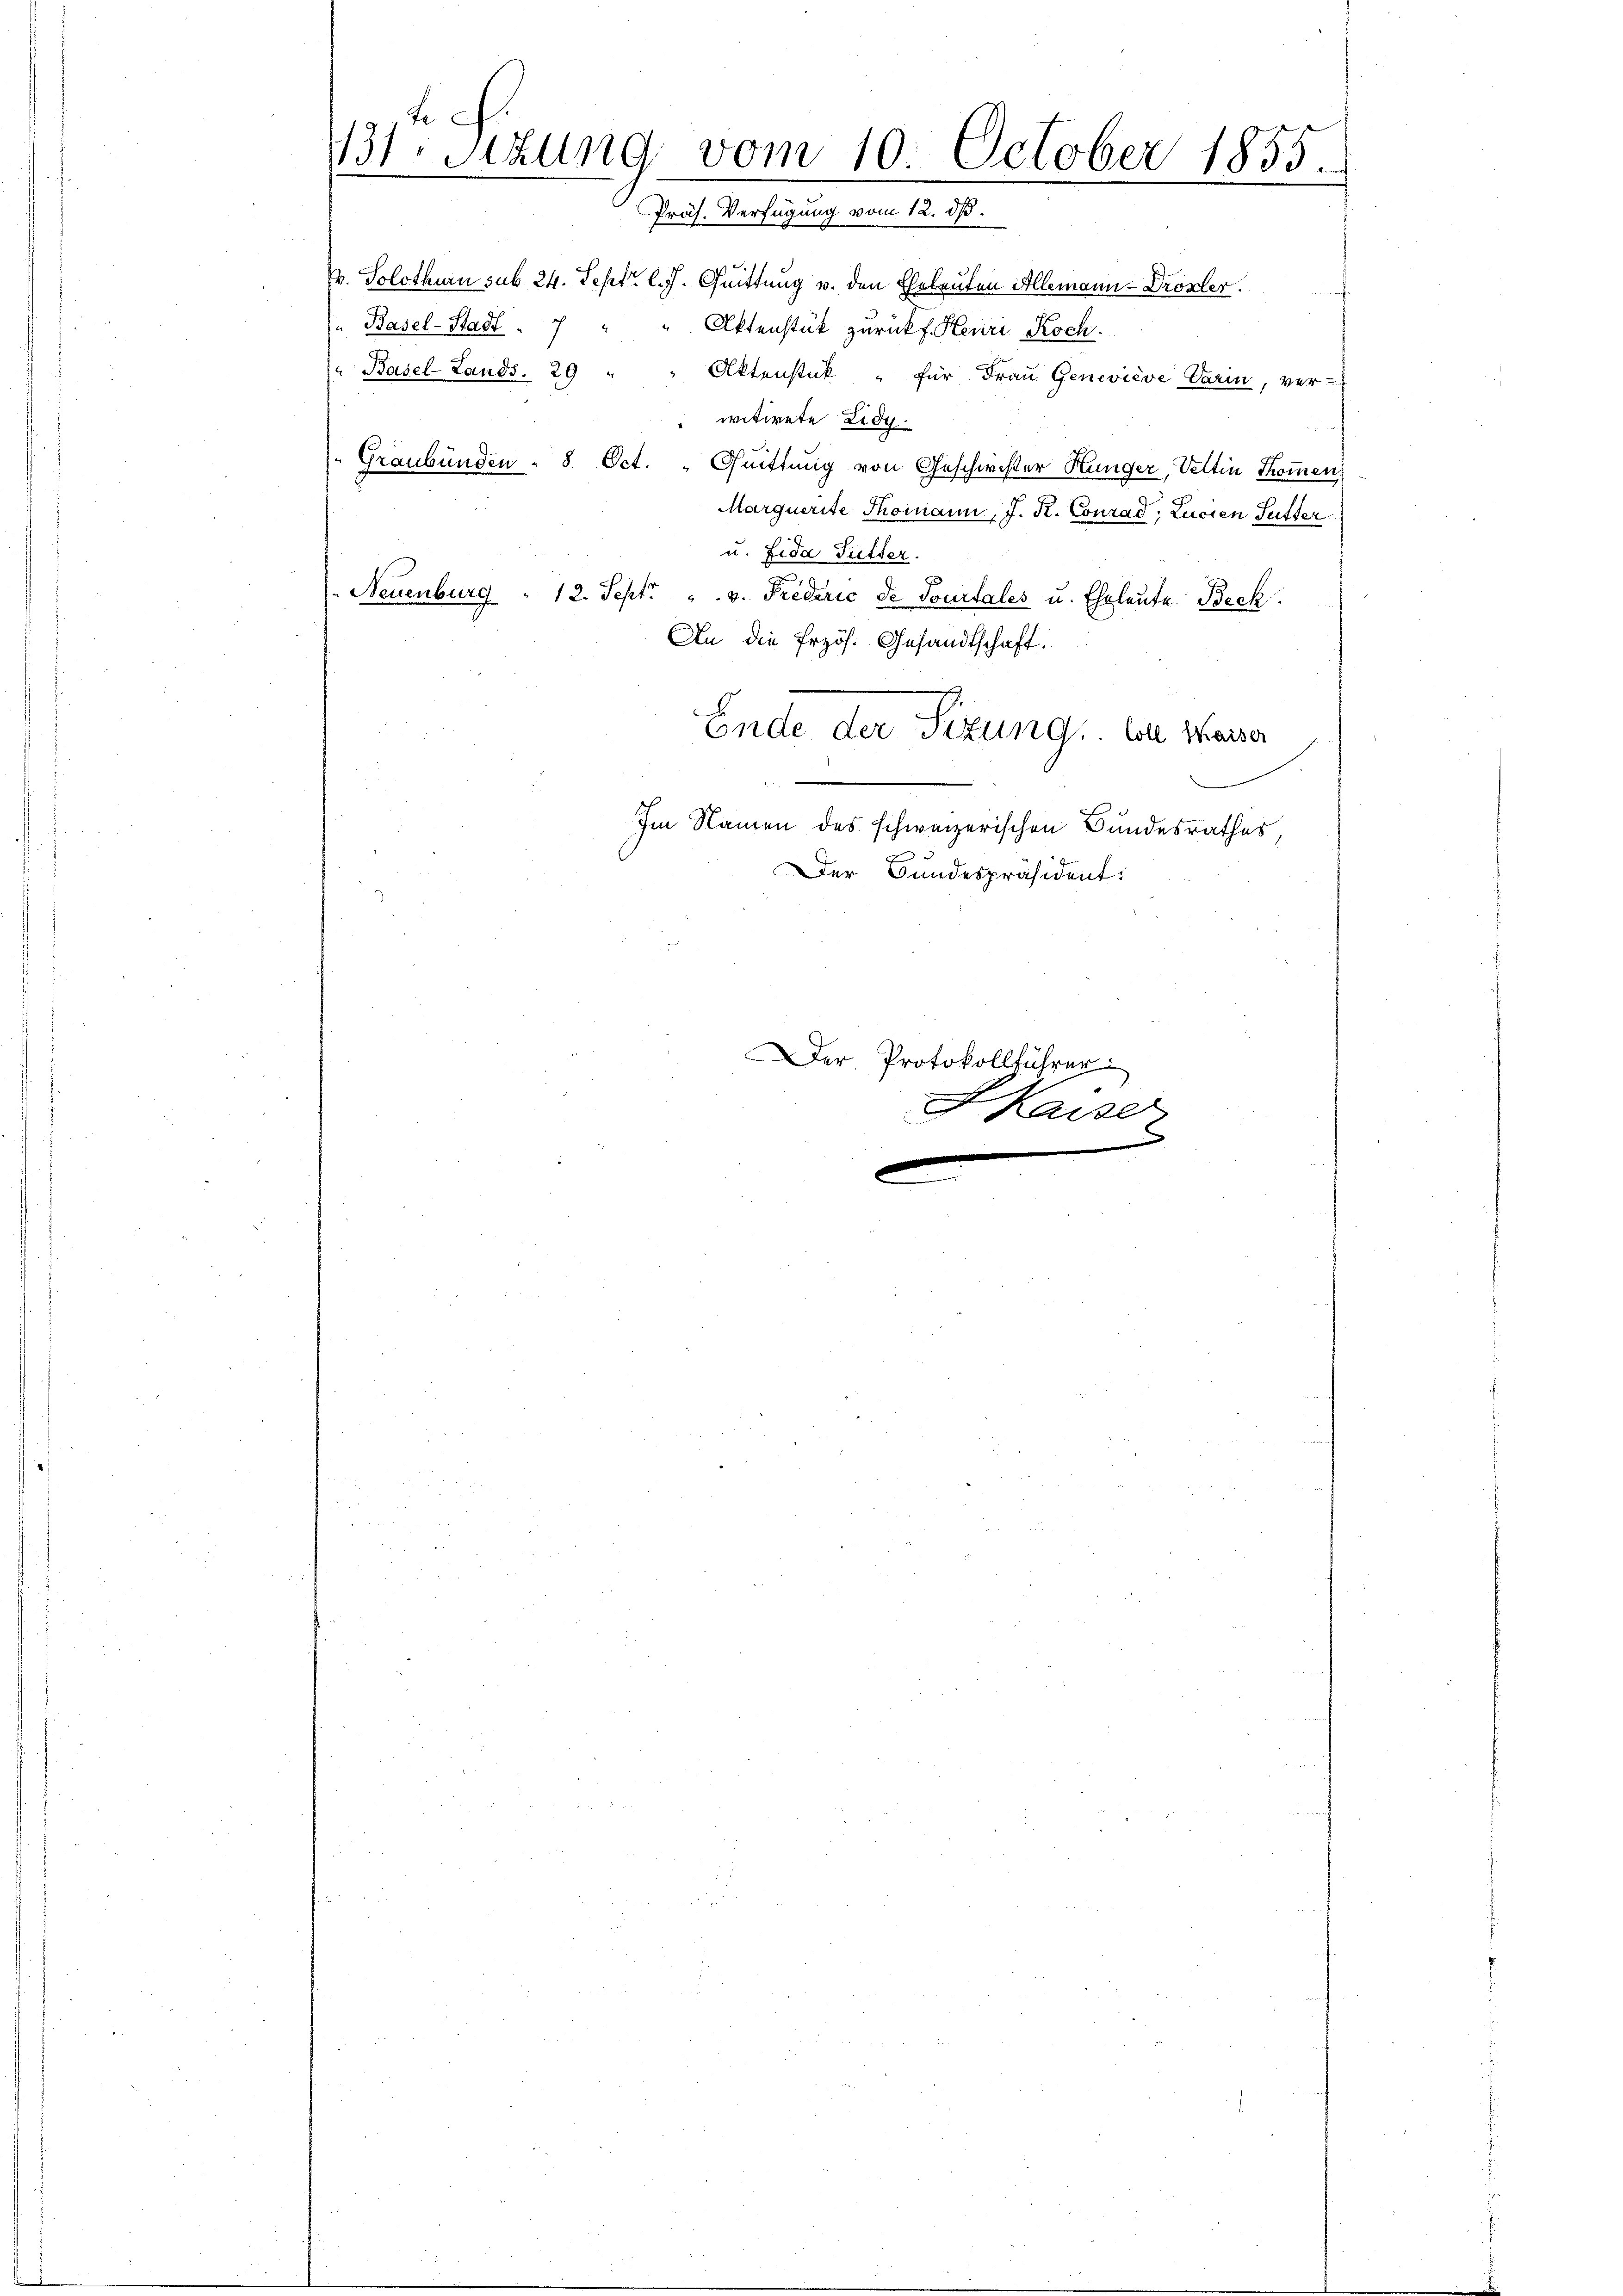
131. Sitzung vom 10. October 1855.
e
.
.
Präs. Verfügung vom 12. d.

V. Solothurn sub 24. Sept. l. J. Quittung v. den Eheleuten Allemann-Drösler.
Basel-Stadt
Aktenstük zurückf. Henri Koch.
u Basel-Lands. 29 " " Aktenstück " für Frau Geneviève Varin, ver-
ivitirete Eidg.
Graubünden - 8 Oct. „Quittung von Geschwister Hunger, Vettin Trommen
Marquerite Thomann, J. K. Conrad, Lucien Futter
u. Fida Futter.
Neuenburg " 12. Sept. v. Friederić de Tourtales u. Eheleute Beck
An die Erzös. Gesandtschaft.
Ende der Sitzung, von Waiser
Im Namen des schweizerischen Bundesrathes,
Der Bundespräsident.

Der Protokollführer
Haiser
x
e